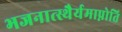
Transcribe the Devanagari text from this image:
भजनात्स्थैर्यमाप्नोति